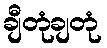
ချီတုံချတုံ